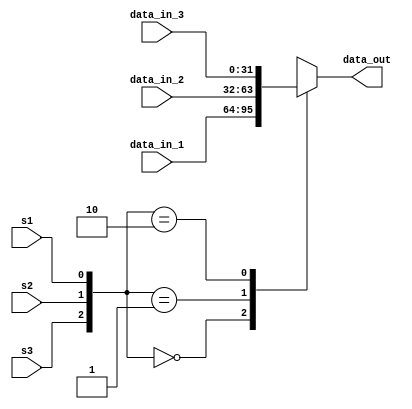
`timescale 1ns / 1ps
//////////////////////////////////////////////////////////////////////////////////
// Company: 
// Engineer: 
// 
// Design Name: 
// Module Name: mux
// Project Name: 
// Target Devices: 
// Tool Versions: 
// Description: 
// 
// Dependencies: 
// 
// Revision:
// Revision 0.01 - File Created
// Additional Comments:
// 
//////////////////////////////////////////////////////////////////////////////////


module mux(
    input [31:0] data_in_1,
    input [31:0] data_in_2,
    input [31:0] data_in_3,
    input s1,
    input s2,
    input s3,
    output reg [31:0] data_out
    );

always @(*) begin
    case ({s3, s2, s1})
        3'b000 : data_out = data_in_1;
        3'b001 : data_out = data_in_2;
        3'b010 : data_out = data_in_3;
       
        default : data_out = 32'hXXXX_XXXX; // Default value
    endcase
end
endmodule